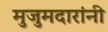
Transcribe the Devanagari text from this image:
मुजुमदारांनी